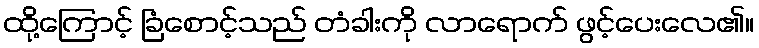
ထို့ကြောင့် ခြံစောင့်သည် တံခါးကို လာရောက် ဖွင့်ပေးလေ၏။